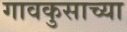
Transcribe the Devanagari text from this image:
गावकुसाच्या